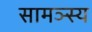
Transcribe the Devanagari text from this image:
सामञ्स्य